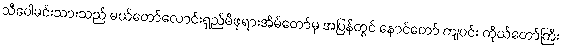
သီပေါမင်းသားသည် မယ်တော်လောင်းရှည်မိဖုရားအိမ်တော်မှ အပြန်တွင် နောင်တော် ကျပင်း ကိုယ်တော်ကြီး